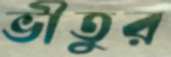
ভীতুর